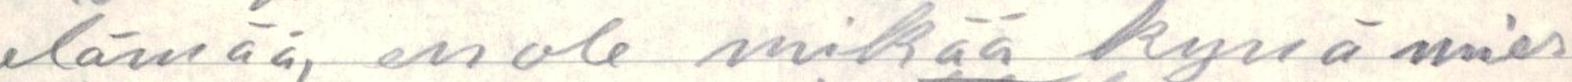
elämää, en ole mikää kynä mies